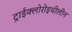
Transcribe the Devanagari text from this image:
ट्राईक्लोरोइथीलीन